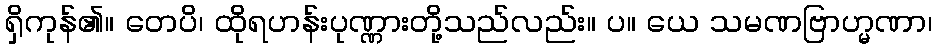
ရှိကုန်၏။ တေပိ၊ ထိုရဟန်းပုဏ္ဏားတို့သည်လည်း။ ပ။ ယေ သမဏဗြာဟ္မဏာ၊